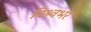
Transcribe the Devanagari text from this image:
विश्र्वभर